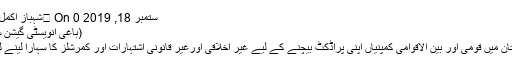
By شہباز اکمل	 On ستمبر 18, 2019 0
ّ(باغی انویسٹی گیشن سیل)
پاکستان میں قومی اور بین الاقوامی کمپنیاں اپنی پراڈکٹ بیچنے کے لیے غیر اخلاقی اورغیر قانونی اشتہارات اور کمرشلز کا سہارا لینے لگیں۔